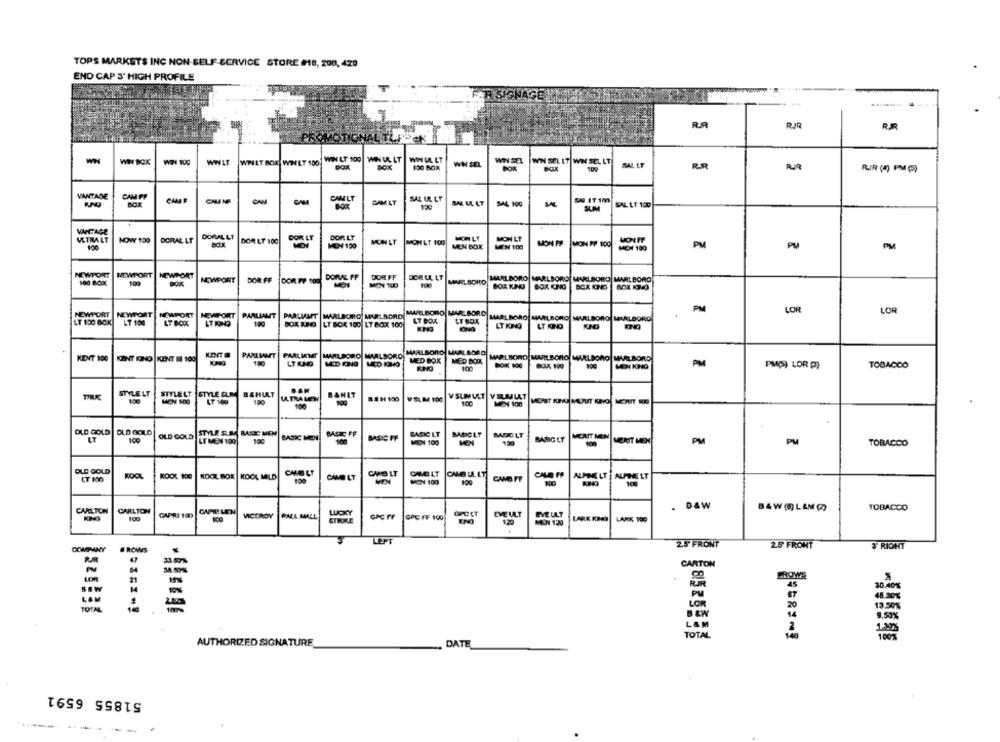
TOPS MARKETS INC NON-SELF-SERVICE STORE #18, 200, 420
END CAP 3' HIGH PROFILE
R.R
RJR
WWET
WILT BOK WINET 400 WIN LT 100 WIN UL LT
WIN UL LT
WIN SEL
WIN SEL
WW SEL LT WIN SEL LT
SAL ET
150 BOX
100
RR
RIR (4) PM P)
VANTAGE
CAM PP
CAMER
CAMNE
CAM LT
EN IT 100
SAL 100
SUM
SAL LT 100
DORAL LT
DOR LT
DOR LT
MON LT
MON LT
VTRALT
NOW 199
DORAL LT
BOX
DOR LT 100
MEN 100
MON LT
MON LT FOG
MEN 100
MON FF MON PP 100
PM
PM
100
MEN BOX
MEW 100
NEWPORT
NEWPORT
NEWPORT
100 BOX
109
BOK
NOWPORT
DOR FF
DOR FF 105
DORAL FF
DOR FF
DOR UL LT
MARLBORO
MARLBORO MARLBORO MARLBORO MARLBORO
100
BOX KING BOX CINO
BOX ING BOX IONO
PARLMAAT MARLBORO MARLBORO MUELBORO MARLBORO
PM
LOR
LOR
NEWPORT
NEWPORT
NEWPORT
NEWPORT
PARLIAMT
LT BOK
ET BOX
MARLBORO MARLBORO MARLBORO MARLBORO
LT 100 BOX
LT 100
LT BOX
100
LT BOK 100 LT BOX 100
LTKING
LT KINO
KNO
KENT 100
KEITH
PARLIAMT
PARLIATT
MARLBORO MARLBORO
MARLBORO MARLBORO
KENT IONO |KENT III 100
100
LT KING
MED BOX
MED BOK
MARLBORO MARLBORO MARLBORO MARLBORO
BOK 100
PM
MEN ING
PM(S) LOR PI
TOBACCO
STYLE LT
STYLE SUR
B&HULT
BANLT
STELT
LT 100
100
ULTRALEN
BEH 150
VSM 100
V SLIMULT VELMILLT
MENT KING MUUT KIVO METREIT 10G
100
100
MEN 100
OLD GOLD OLD GOLD
100
OLD GOLD
STYLE SUM BASIC MEN
BASIC MEN
CAOC FF
BASIC FP
BASIC LT
BASICLT
MOCLT
BASIG LY
MERIT MEN
LT
LT MEN 100
MEN 100
MEN
-
MERIT MEN
PM
PM
TOBACCO
OLD GOLD
KOOL
KOOL 100
WOOL BOX KOOL MILD
CHELT
CAIO LT
CAME LT
CAMB ULLT
ALPINE LT
NUPHELT
CT 100
108
CAMO LT
VEN
MOI 100
100
CAMB FF
100
. DAW
CARLTON
CARLTON
CAPRI 100
LUOKY
EVE ULT
TOBACCO
100
VICEROY
PALL MALL
GOL FF 199
1.20
EVE ULT
LARK KPAR
LARE 100
MEN 120
LEFT
COMPANY
BROWS
25 FRONT
25 FRONT
# RIGHT
CARTON
LOR
BROWS
BEW
-
RJR
45
30.40%
PM
67
LAM
45.30%
TOTAL
LOR
13.50%
BEW
9.50%
TOTAL
AUTHORIZED SIGNATURE
DATE
51855 6591